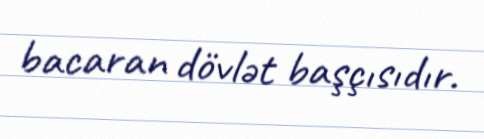
bacaran dövlət başçısıdır.